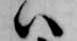
ハ